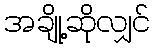
အချို့ဆိုလျှင်